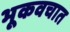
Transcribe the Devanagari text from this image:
भूकवचात